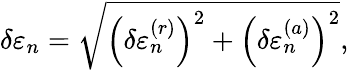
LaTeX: \delta\varepsilon_{n}=\sqrt{\Big(\delta\varepsilon_{n}^{(r)}\Big)^{2}+\Big(\delta\varepsilon_{n}^{(a)}\Big)^{2}},